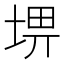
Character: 𡌸